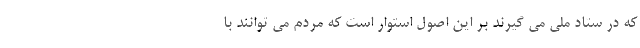
که در ستاد ملی می گیرند بر این اصول استوار است که مردم می توانند با